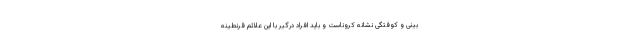
بینی و کوفتگی نشانه کروناست و باید افراد درگیر با این علائم قرنطینه